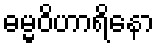
ဓမ္မဝိဟာရိနော